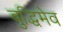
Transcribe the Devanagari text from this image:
बुद्धिमेव